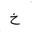
Letter: _kha